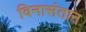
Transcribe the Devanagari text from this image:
विनासंतान